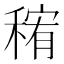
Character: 𱶗